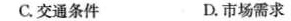
C.交通条件 D.市场需求